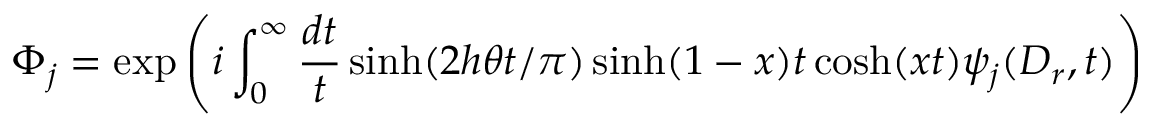
\Phi _ { j } = \exp \left( i \int _ { 0 } ^ { \infty } \frac { d t } { t } \sinh ( 2 h \theta t / \pi ) \sinh ( 1 - x ) t \cosh ( x t ) \psi _ { j } ( D _ { r } , t ) \right)